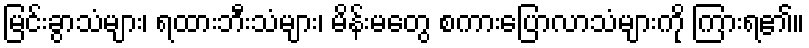
မြင်းခွာသံများ၊ ရထားဘီးသံများ၊ မိန်းမတွေ စကားပြောလာသံများကို ကြားရ၏။